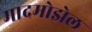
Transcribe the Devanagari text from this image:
मादमोझेल